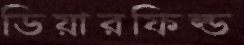
ডিয়ারফিল্ড